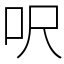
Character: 呎